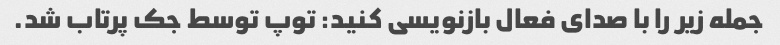
جمله زیر را با صدای فعال بازنویسی کنید: توپ توسط جک پرتاب شد.